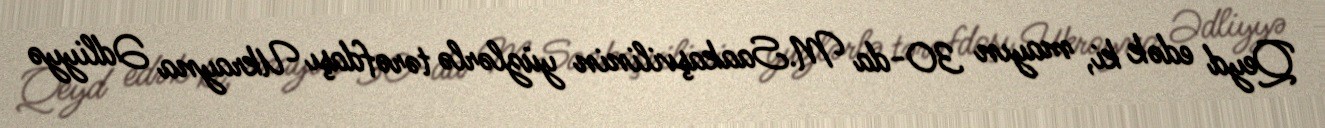
Qeyd edək ki, mayın 30-da M.Saakaşvilinin yüzlərlə tərəfdaşı Ukrayna Ədliyyə